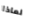
لماذا